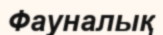
Фауналық